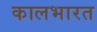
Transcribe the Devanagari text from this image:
कालभारत